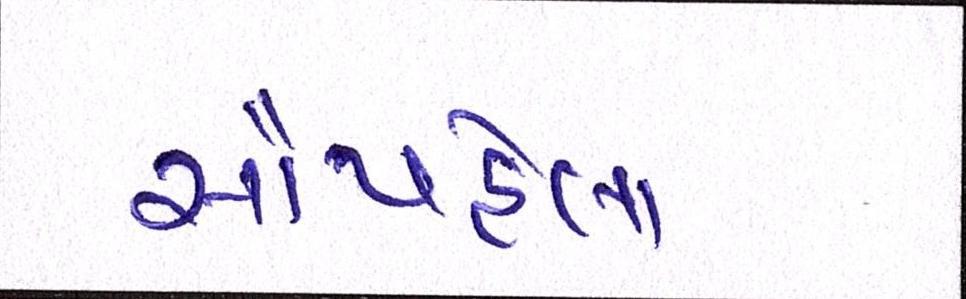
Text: સૌપહેલા